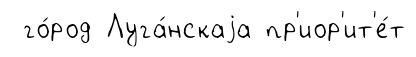
го́род Луга́нскаjа пр'иор'ит'е́т